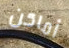
أماكن